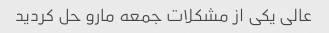
عالی یکی از مشکلات جمعه مارو حل کردید